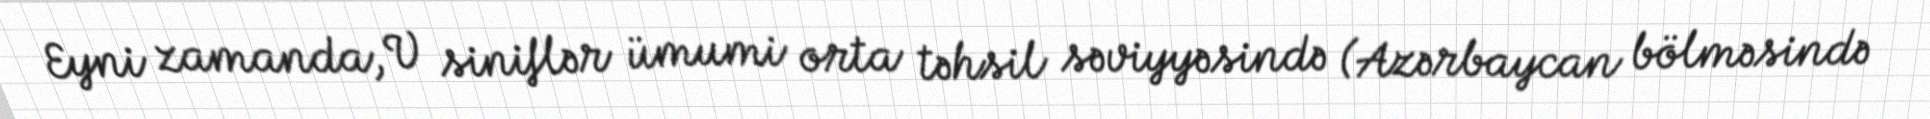
Eyni zamanda, V siniflər ümumi orta təhsil səviyyəsində (Azərbaycan bölməsində